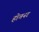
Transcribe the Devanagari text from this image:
होचनर